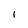
Character: i